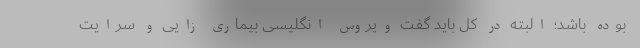
بوده باشد؛ البته در کل باید گفت ویروس انگلیسی بیماری زایی و سرایت